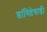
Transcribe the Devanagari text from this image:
डांगिष्टेवाडी